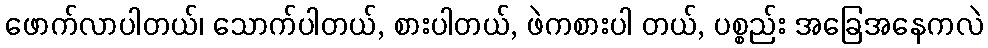
ဖောက်လာပါတယ်၊ သောက်ပါတယ်, စားပါတယ်, ဖဲကစားပါ တယ်, ပစ္စည်း အခြေအနေကလဲ